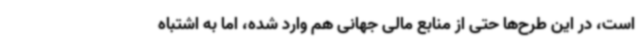
است، در این طرح‌ها حتی از منابع مالی جهانی هم وارد شده، اما به اشتباه